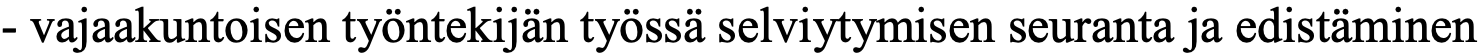
- vajaakuntoisen työntekijän työssä selviytymisen seuranta ja edistäminen